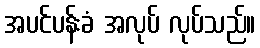
အပင်ပန်းခံ အလုပ် လုပ်သည်။